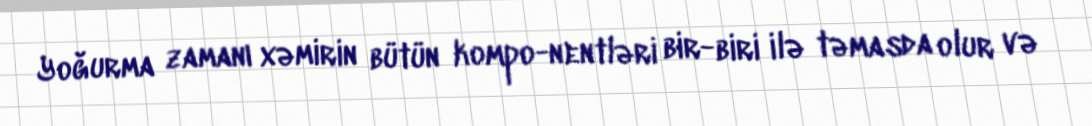
Yoğurma zamanı xəmirin bütün kompo-nentləri bir-biri ilə təmasda olur və